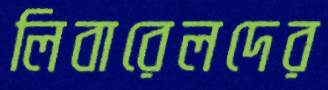
লিবারেলদের